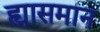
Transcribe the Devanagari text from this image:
ह्यासमान